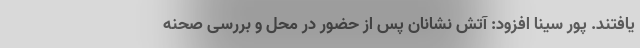
یافتند. پور سینا افزود: آتش نشانان پس از حضور در محل و بررسی صحنه